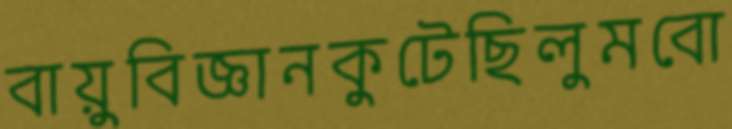
বায়ুবিজ্ঞানকুটেছিলুমবো